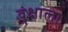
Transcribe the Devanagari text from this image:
वॄक्षाला